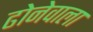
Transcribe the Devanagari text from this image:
ढोनेवाला